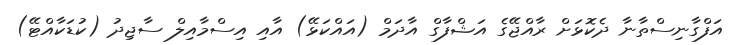
އަފްގާނިސްތާނާ ދެކޮޅަށް ރާއްޖޭގެ އަޝްފާގް އާދަމް (އައްކަޅޭ) އާއި އިސްމާއިލް ސާޖިދު (ކުޑަކާއްޓޭ)